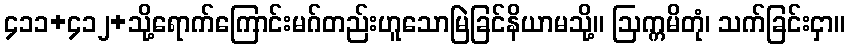
၄၁၁+၄၁၂+သို့ရောက်ကြောင်းမဂ်တည်းဟူသောမြဲခြင်နိယာမသို့။ ဩက္ကမိတုံ၊ သက်ခြင်းငှာ။